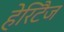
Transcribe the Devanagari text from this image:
हेरिटैज